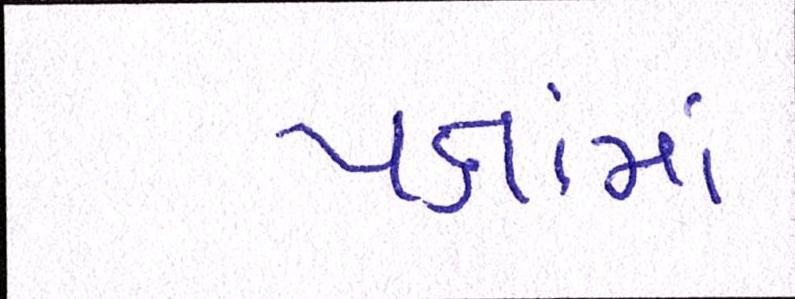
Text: પક્ષમાં